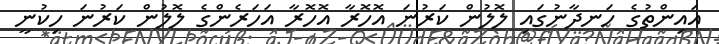
އައިންތުގެ ހަނދާނުގައި ލޮލުން ކަރުނަ އޮހޮރާ އޮހޮރާ އަހަރެންގެ ލޮލުން ކަރުނަ ހިކުނީ